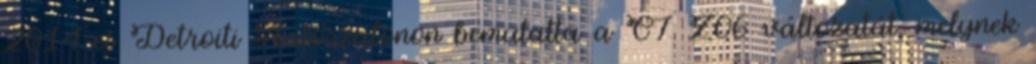
2014-es Detroiti Autószalonon bemutatta a C7 Z06 változatát, melynek